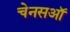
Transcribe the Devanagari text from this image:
चेनसऑ